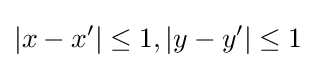
|x-x'|\leq 1,|y-y'|\leq 1